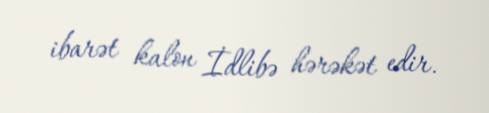
ibarət kalon İdlibə hərəkət edir.